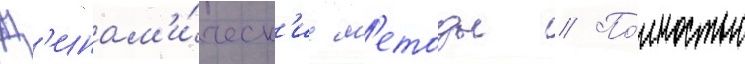
Д'инам'и́ческ'ие м'етоды // По́лностью